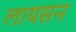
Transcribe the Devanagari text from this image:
लायसन